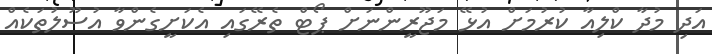
އަދި މުދާ ކްލިއާ ކުރުމަށް އުޅޭ މަޖޫރީންނަށް ޕޯޓް ތެރޭގައި އެކަށީގެންވާ އުސޫލުތަކެއް